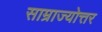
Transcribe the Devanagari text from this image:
साम्राज्योत्तर